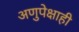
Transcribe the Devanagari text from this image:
अणुपेक्षाही